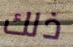
ذلك